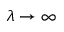
\lambda \to \infty